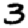
Digit: 3